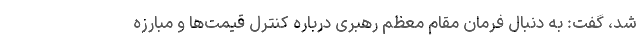
شد، گفت: به دنبال فرمان مقام معظم رهبری درباره کنترل قیمت‌ها و مبارزه